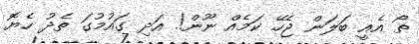
ތޯ އެއީ ބަލަން ޖެހޭ ކަމެއް ނޫން!. އަދި ގައުމުގަ ތެދު ހެޔޮ